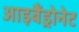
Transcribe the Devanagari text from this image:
आइबैंड्रोनेट